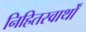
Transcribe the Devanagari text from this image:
निहितस्वार्थों